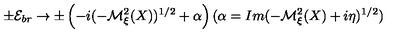
\pm { \cal E } _ { b r } \to \pm \left( - i ( - { \cal M } _ { \xi } ^ { 2 } ( X ) ) ^ { 1 / 2 } + \alpha \right) ( \alpha = I m ( - { \cal M } _ { \xi } ^ { 2 } ( X ) + i \eta ) ^ { 1 / 2 } )